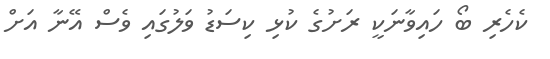
ކެހެރި ބޯ ހައިވާނަކީ ރަށުގެ ކުޅި ކިސަޑު ވަލުގައި ވެސް އޭނާ އަށް